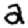
Digit: 2